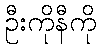
ဦးကိုနီကို